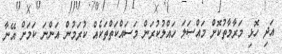
އަދި ހޮޅި މަރާމާތުކޮށް މައްސަލަ ހައްލުކުރަން މަސައްކަތްތަކެއް ކުރަމުން އަންނަ ކަމަށް އޭނާ